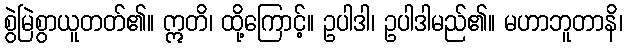
စွဲမြဲစွာယူတတ်၏။ ဣတိ၊ ထို့ကြောင့်။ ဥပါဒါ၊ ဥပါဒါမည်၏။ မဟာဘူတာနိ၊